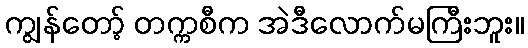
ကျွန်တော့် တက္ကစီက အဲဒီလောက်မကြီးဘူး။